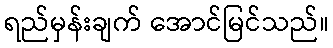
ရည်မှန်းချက် အောင်မြင်သည်။